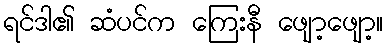
ရင်ဒါ၏ ဆံပင်က ကြေးနီ ဖျော့ဖျော့။